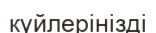
күйлерінізді